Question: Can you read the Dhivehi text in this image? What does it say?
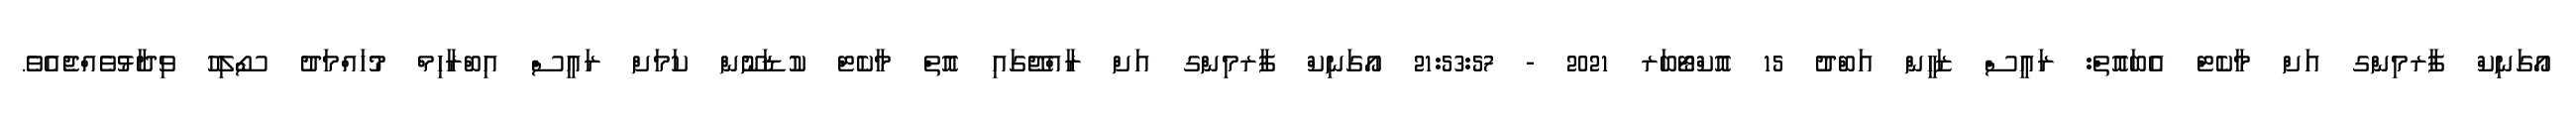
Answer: އޯގަނިކް ފާރމިންގ އަށް މާކެޓް އެބައޮތް: ރައީސް ޒަހީން އަބްދު 15 އޮކްޓޯބަރ 2021 - 21:53:57 އޯގަނިކް ފާރމިންގ އަށް ރާއްޖޭގައި އޮތް މާކެޓް ކުޑަނޫން ކަމަށް ރައީސް އިބްރާހިމް މުހައްމަދު ސޯލިހު ވިދާޅުވެއްޖެއެވެ.